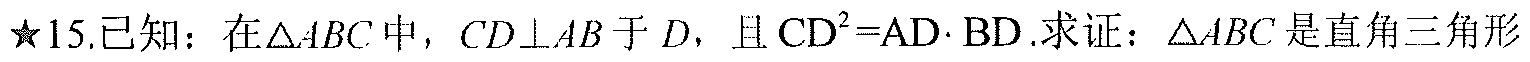
\(\star15.\)已知：在\(\triangle ABC\)中，\(CD\perp AB\)于\(D\)，且\(CD^{2}=AD\cdot BD\). 求证：\(\triangle ABC\)是直角三角形